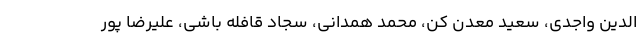
الدین واجدی، سعید معدن کن، محمد همدانی، سجاد قافله باشی، علیرضا پور